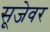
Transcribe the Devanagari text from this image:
सूजेवर